Vaccination in Bombay 1869-1873 - 1869-1873
Year: 1869
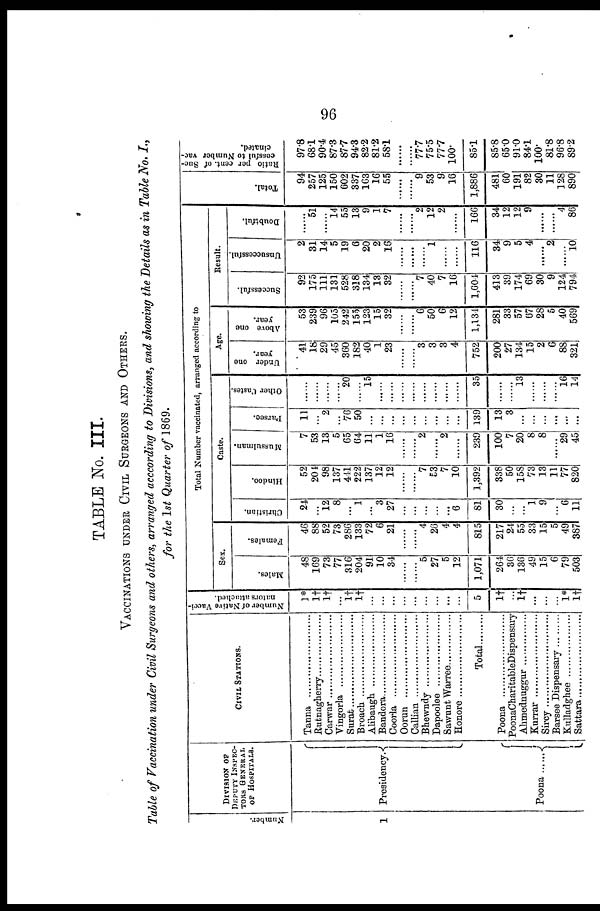
96
TABLE No. III.
VACCINATIONS UNDER CIVIL SURGEONS AND OTHERS.
Table of Vaccination under Civil Surgeons and others, arranged acccording to Divisions, and showing the Details as in Table No. I.,
for the 1st Quarter of 1869.
Number.
1
DIVISION OF
DEPUTY INSPEC¬
TORS GENERAL.
OF HOSPITALS.
Presidency.
Poona . . . . . . .
CIVIL STATIONS.
Tanna . . . . . . . . . . . . . . . . . . .
Rutnagherry . . . . . . . . . . . . . . .
Carwar . . . . . . . . . . . . . . . . . . .
Vingorla . . . . . . . . . . . . . . . . . . .
Surat . . . . . . . . . . . . . . . . . . . .
Broach . . . . . . . . . . . . . . . . . . .
Alibaugh . . . . . . . . . . . . . . . . . . .
Bandora . . . . . . . . . . . . . . . . . . .
Coorla . . . . . . . . . . . . . . . . . . . .
Oorun. . . . . . . . . . . . . . . . . . . . . .
Callian . . . . . . . . . . . . . . . . . . . . .
Bhewndy . . . . . . . . . . . . . . . . . . .
Dapoolee . . . . . . . . . . . . . . . . . . .
Sawunt Waree . . . . . . . . . . . . . . . .
Honore . . . . . . . . . . . . . . . . . . . . .
Total. . . . . . . . . . . . .
Poona . . . . . . . . . . . . . . . . . .
PoonaCharitableDispensary
Ahmednuggur . . . . . . . . . . .
Kurrar . . . . . . . . . . . . . . . . .
Sircy . . . . . . . . . . . . . . . . . .
Barsee Dispensary . . . . . . .
Kulladghee . . . . . . . . . . . .
Sattara . . . . . . . . . . . . . . . .
Number of Native Vacci-
nators attached.
1*
1†
1†
...
1†
1†
...
...
...
...
...
...
...
...
...
5
1†
...
1†
...
...
...
1*
1†
Total Number vaccinated, arranged according to
Sex.
Males.
48
169
73
77
316
204
91
10
34
......
......
5
27
5
12
1,071
264
36
136
49
15
6
79
503
Females.
46
88
52
73
286
133
72
6
21
......
......
4
26
4
4
815
217
24
55
33
15
5
49
387
Caste.
Christian.
24
...
12
8
...
1
...
3
27
...
...
...
...
...
6
81
30
......
......
1
9
......
6
11
Hindoo.
52
204
98
137
441
222
137
12
12
......
......
7
53
7
10
1,392
338
50
158
73
13
11
77
820
Mussulman.
7
53
13
5
65
64
11
1
16
......
......
2
......
2
......
239
100
7
20
8
8
......
29
45
Parsee.
11
...
2
...
76
50
...
...
...
...
...
...
...
...
...
139
13
3
...
...
...
...
...
...
Other Castes.
......
......
......
......
20
......
15
......
......
......
......
......
......
......
......
35
......
......
13
......
......
......
16
14
Age.
Under one
year.
41
18
29
45
360
182
40
1
23
......
......
3
3
3
4
752
200
27
134
15
2
6
88
321
Above one
year.
53
239
96
105
242
155
123
15
32
......
......
6
50
6
12
1,134
281
33
57
67
28
5
40
569
Result.
Successful.
92
175
111
131
528
318
134
13
32
......
......
7
40
7
16
1,604
413
39
174
69
30
9
124
794
Unsuccessful.
2
31
14
5
19
6
20
2
16
......
......
......
1
......
......
116
34
9
5
4
......
2
......
10
Doubtful.
......
51
......
14
55
13
9
1
7
......
......
2
12
2
......
166
34
12
12
9
......
......
4
86
Total.
94
257
125
150
602
337
163
16
55
......
......
9
53
9
16
1,886
481
60
191
82
30
11
128
890
Ratio per cent. of Suc-
cessful to Number vac-
cinated.
97.8
68.1
90.4
87.3
87.7
94.3
82.2
81.2
58.1
.......
......
77.7
75.5
77.7
100.
85.1
85.8
65.0
91.0
84.1
100.
81.8
96.8
89.2